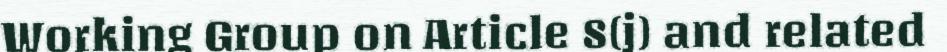
Working Group on Article 8(j) and related